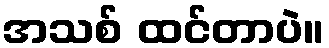
အသစ် ထင်တာပဲ။